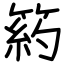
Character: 箹